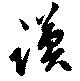
謨